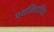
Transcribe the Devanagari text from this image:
पथनिर्धारित